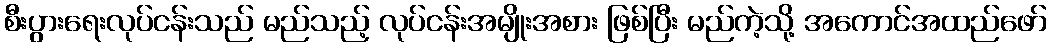
စီးပွားရေးလုပ်ငန်းသည် မည်သည့် လုပ်ငန်းအမျိုးအစား ဖြစ်ပြီး မည်ကဲ့သို့ အကောင်အထည်ဖော်